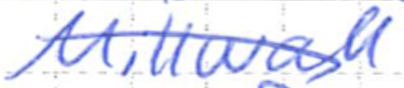
Text: Millwall
Cross-out: diagonal
Writing tool: ballpoint